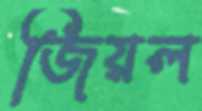
জিয়ল